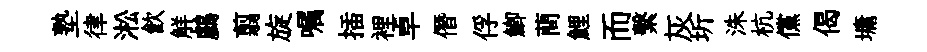
塾律淞飲觧鸕翦旋嘱插裡卓僭俘鯽蕳鯉而繫灰圻洙杭儻偈墉